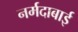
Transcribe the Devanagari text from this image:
नर्मदाबाई